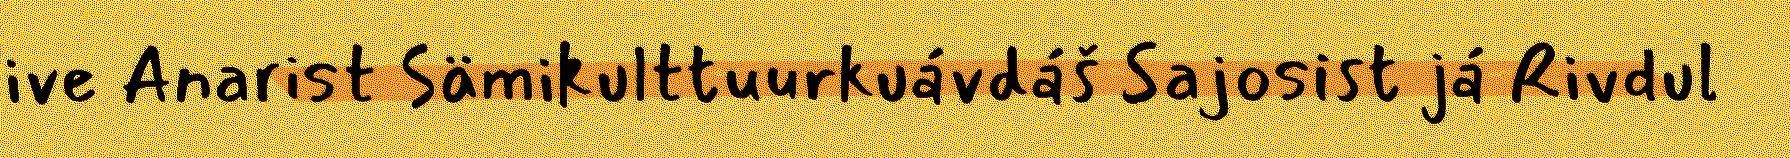
ive Anarist Sämikulttuurkuávdáš Sajosist já Rivdul